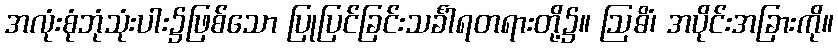
အလုံးစုံဘုံသုံးပါး၌ဖြစ်သော ပြုပြင်ခြင်းသင်္ခါရတရားတို့၌။ ဩဓိံ၊ အပိုင်းအခြားကို။